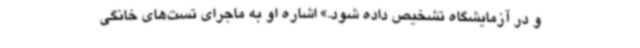
و در آزمایشگاه تشخیص داده شود.» اشاره او به ماجرای تست‌های خانگی